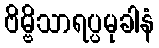
ဗိမ္ဗိသာရပ္ပမုခါနံ